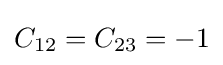
C_{12}=C_{23}=-1